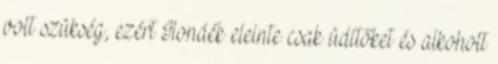
volt szükség, ezért Ilonáék eleinte csak üdítőket és alkoholt